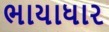
ભાયાધાર